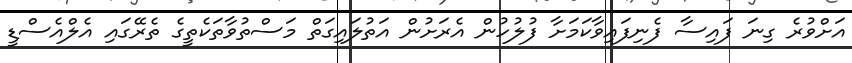
އަށްވުރެ ގިނަ ފައިސާ ފެނިފައިވާކަމަށާ ފުލުހުން އެރަށުން އަތުލައިގަތް މަސްތުވާތަކެތީގެ ތެރޭގައި އެލްއެސްޑީ